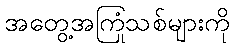
အတွေ့အကြုံသစ်များကို